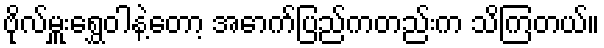
ဗိုလ်မှူးရွှေဝါနဲ့တော့ အောက်ပြည်ကတည်းက သိကြတယ်။